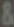
&